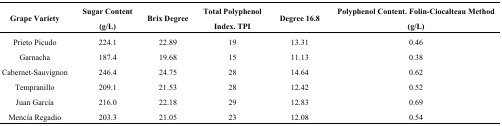
| Grape Variety | Sugar Content (g/L) | Brix Degree | Total Polyphenol Index. TPI | Degree 16.8 | Polyphenol Content. Folin-Ciocalteau Method (g/L) |
 | --- | --- | --- | --- | --- | --- |
 | Prieto Picudo | 224.1 | 22.89 | 19 | 13.31 | 0.46 |
 | Garnacha | 187.4 | 19.68 | 15 | 11.13 | 0.38 |
 | Cabernet-Sauvignon | 246.4 | 24.75 | 28 | 14.64 | 0.62 |
 | Tempranillo | 209.1 | 21.53 | 28 | 12.42 | 0.52 |
 | Juan García | 216.0 | 22.18 | 29 | 12.83 | 0.69 |
 | Mencía Regadio | 203.3 | 21.05 | 23 | 12.08 | 0.54 |